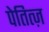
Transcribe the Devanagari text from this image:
पेतित्ज़